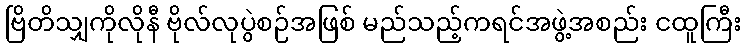
ဗြိတိသျှကိုလိုနီ ဗိုလ်လုပွဲစဉ်အဖြစ် မည်သည့်ကရင်အဖွဲ့အစည်း ငထူကြီး